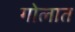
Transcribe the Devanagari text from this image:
गोलात